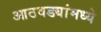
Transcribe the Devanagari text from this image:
आठवड्यांमध्ये